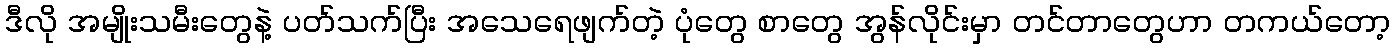
ဒီလို အမျိုးသမီးတွေနဲ့ ပတ်သက်ပြီး အသေရေဖျက်တဲ့ ပုံတွေ စာတွေ အွန်လိုင်းမှာ တင်တာတွေဟာ တကယ်တော့